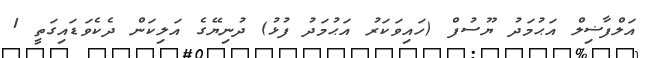
އަލްފާޟިލް އަޙުމަދު ޔޫސުފް (ހައިވަކަރު އަޙުމަދު ފުޅު) ދުނިޔޭގެ އަލިކަން ދެކެވަޑައިގަތީ 1